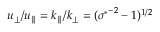
u _ { \perp } / u _ { \parallel } = k _ { \parallel } / k _ { \perp } = ( { \sigma ^ { * } } ^ { - 2 } - 1 ) ^ { 1 / 2 }